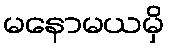
မနောမယမှိ